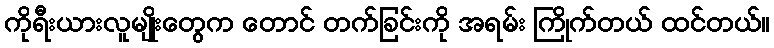
ကိုရီးယားလူမျိုးတွေက တောင် တက်ခြင်းကို အရမ်း ကြိုက်တယ် ထင်တယ်။